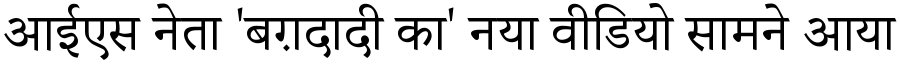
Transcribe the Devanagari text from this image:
आईएस नेता 'बग़दादी का' नया वीडियो सामने आया